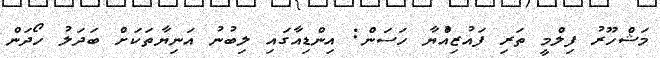
މަޝްހޫރު ފިލްމީ ތަރި ފައުޒިއްުޔާ ހަަސަން: އިންޑިއާގައި ލިބުނު އަނިޔާތަކަށް ބަދަލު ހޯދަން